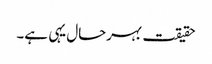
حقیقت بہرحال یہی ہے۔